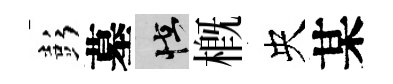
彭墓怪槪央某